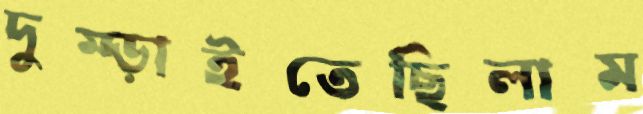
দুম্‌ড়াইতেছিলাম